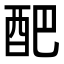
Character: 𮠟